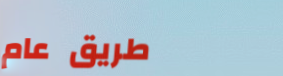
طريق عام